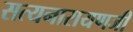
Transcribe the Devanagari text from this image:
सत्यनारायणजी